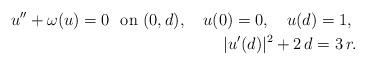
LaTeX: \begin{align*}u'' + \omega (u) = 0 \ \ \mbox{on} \ (0, d) , \ \ \ u (0) = 0, \ \ \ u (d) = 1 , \ \\ |u' (d)|^2 + 2 \, d = 3 \, r . \end{align*}